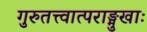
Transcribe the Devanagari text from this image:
गुरुतत्त्वात्पराङ्मुखाः